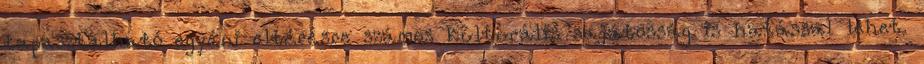
tapasztalható egyéni eltérésre számos kulturális sajátosság is hatással lehet.